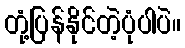
တုံ့ပြန်နိုင်တဲ့ပုံပါပဲ။